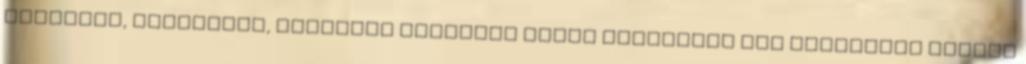
Barátunk, megtettem, aláírtam Féltelek Isten vigyázzon rád Támogatom Izrael